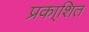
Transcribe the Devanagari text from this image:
प्रका्शित